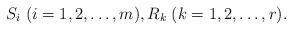
LaTeX: \begin{align*}S_i\; (i=1,2,\ldots,m),R_k\; (k=1,2,\ldots,r).\end{align*}